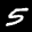
Label: 5